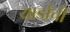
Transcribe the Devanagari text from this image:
यार्डांची